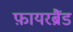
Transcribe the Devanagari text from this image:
फ़ायरब्रैंड